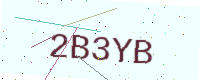
Text: 2B3YB